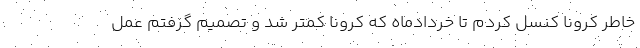
خاطر کرونا کنسل کردم تا خردادماه که کرونا کمتر شد و تصمیم گرفتم عمل